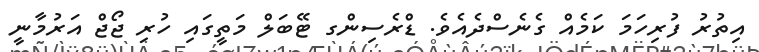
އިތުރު ފުރިހަމަ ކަމެއް ގެނެސްދެއެވެ. ޑްރެސިންގ ޓޭބަލް މަތީގައި ހުރި ޖޯޖް އަރުމާނީ